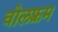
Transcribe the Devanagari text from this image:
वोलफ़्रम